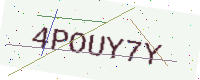
Text: 4POUY7Y